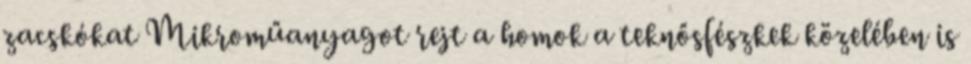
zacskókat Mikroműanyagot rejt a homok a teknősfészkek közelében is